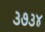
૩૭૩૪